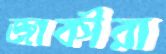
জাকীরা